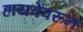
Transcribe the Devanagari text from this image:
हायवेवरून